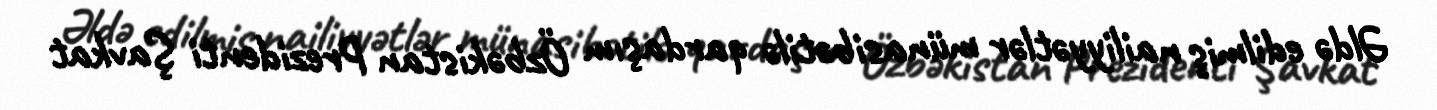
Əldə edilmiş nailiyyətlər münasibətilə qardaşım Özbəkistan Prezidenti Şavkat